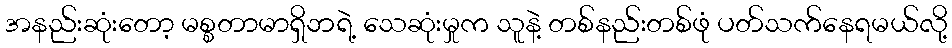
အနည်းဆုံးတော့ မစ္စတာမာရှိဘရဲ့ သေဆုံးမှုက သူနဲ့ တစ်နည်းတစ်ဖုံ ပတ်သက်နေရမယ်လို့